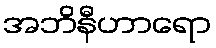
အဘိနီဟာရော